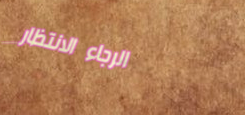
الرجاء الانتظار